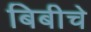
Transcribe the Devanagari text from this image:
बिबीचे